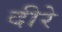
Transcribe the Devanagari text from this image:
दीरे